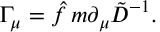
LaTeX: \Gamma _ { \mu } = \hat { f } \, m \partial _ { \mu } \tilde { D } ^ { - 1 } .